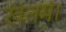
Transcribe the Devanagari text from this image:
खतम।